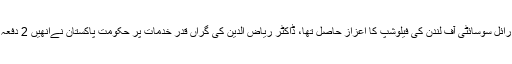
انھیں ورلڈ اکیڈیمی آف سائنسز، اسلامک اکیڈمی اور رائل سوسائٹی آف لندن کی فیلوشپ کا اعزاز حاصل تھا، ڈاکٹر ریاض الدین کی گراں قدر خدمات پر حکومت پاکستان نےانھیں 2 دفعہ ہلال امتیاز، ستارہ امتیاز اور تمغہ امتیاز سے نوازا۔